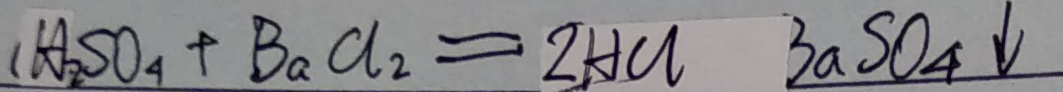
( H _ { 2 } S O _ { 4 } + B a C l _ { 2 } = 2 H C l 3 a S O _ { 4 } \downarrow